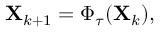
\mathbf { X } _ { k + 1 } = \Phi _ { \tau } ( \mathbf { X } _ { k } ) ,